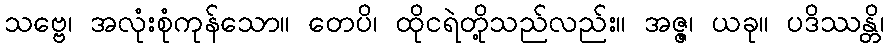
သဗ္ဗေ၊ အလုံးစုံကုန်သော။ တေပိ၊ ထိုငရဲတို့သည်လည်း။ အဇ္ဇ၊ ယခု။ ပဒိဿန္တိ၊